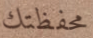
محفظتك